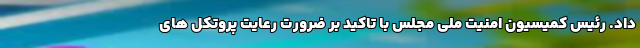
داد. رئیس کمیسیون امنیت ملی مجلس با تاکید بر ضرورت رعایت پروتکل های